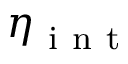
\eta _ { \mathrm { ~ i ~ n ~ t ~ } }